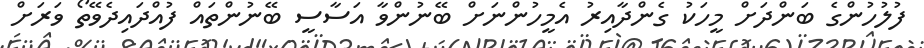
ފުލުހުންގެ ބަންދަށް މީހަކު ގެންދާއިރު އެމީހުންނަށް ބޭނުންވާ އަސާސީ ބޭނުންތައް ފުއްދައިދެވޭތޯ ވަރަށް